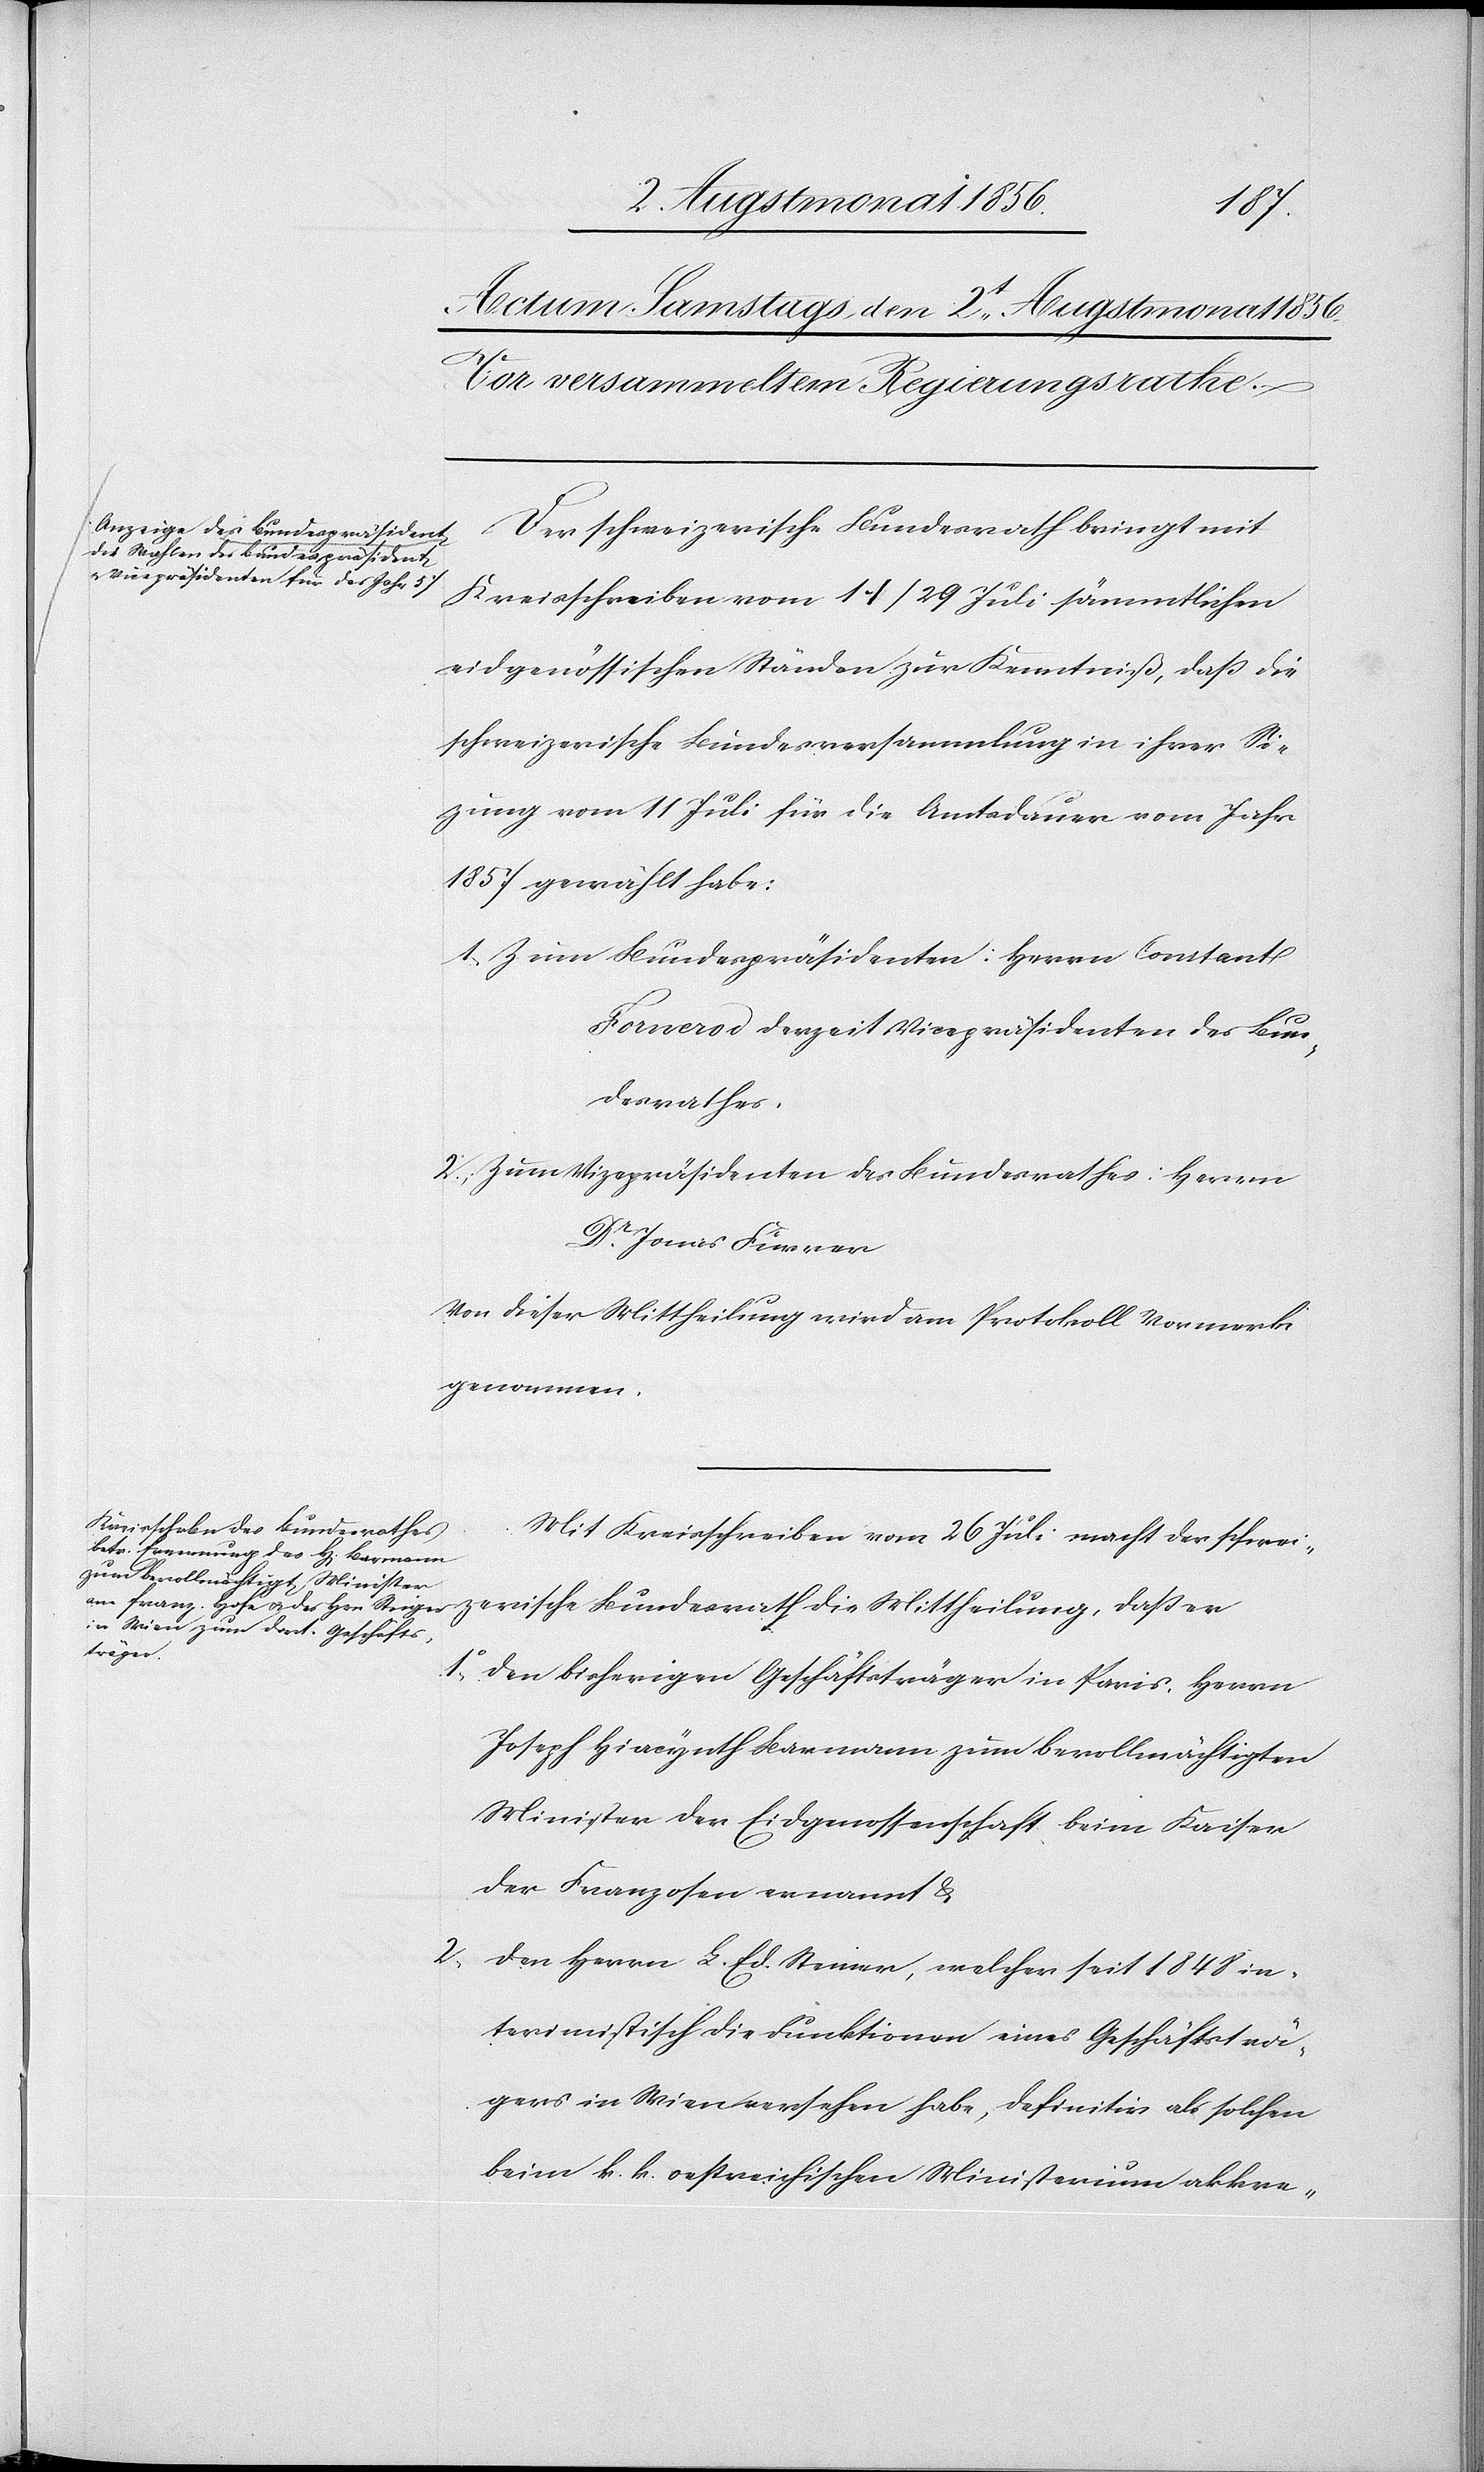
zung
Der schweizerische Bundesrath bringt mit
Kreisschreiben vom 11/29 Juli sämmtlichen
eidgenössischen Ständen zur Kenntniß, dass die
schweizerische Bundesversammlung in ihrer Si¬
1857 gewählt habe:
1.) Zum Bundespräsidenten: Herrn Constant
Fornerod derzeit Vicepräsidenten des Bun¬
desrathes
2.) Zum Vizepräsidenten des Bundesrathes: Herrn
Dr Jonas Furrer
Von dieser Mittheilung wird am Protokoll Vormerk
genommen.
Mit Kreisschreiben vom 26 Juli macht der schwei¬
zerische Bundesrath die Mittheilung, dass er
den bisherigen Geschäftsträger in Paris, Herrn
Joseph Hiacynth Barmann zum bevollmächtigten
Minister der Eidgenossenschaft beim Kaiser
der Franzosen ernannt &
den Herrn L. Ed. Steiner [sic!], welcher seit 1848 in¬
terimistisch die Funktionen eines Geschäftsträ¬
gers in Wien versehen habe, definitiv als solchen
beim k. k. oestreichischen Ministerium akkre-